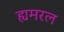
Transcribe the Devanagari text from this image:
ह्यमरल